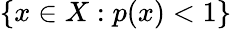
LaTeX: \{ x\in X:p(x)<1\}